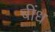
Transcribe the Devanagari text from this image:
बींध